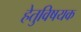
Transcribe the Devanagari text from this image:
हेतुविषयक